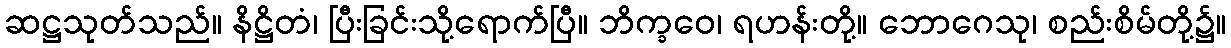
ဆဋ္ဌသုတ်သည်။ နိဋ္ဌိတံ၊ ပြီးခြင်းသို့ရောက်ပြီ။ ဘိက္ခဝေ၊ ရဟန်းတို့။ ဘောဂေသု၊ စည်းစိမ်တို့၌။